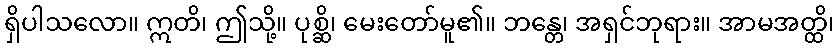
ရှိပါသလော။ ဣတိ၊ ဤသို့။ ပုစ္ဆိ၊ မေးတော်မူ၏။ ဘန္တေ၊ အရှင်ဘုရား။ အာမအတ္ထိ၊